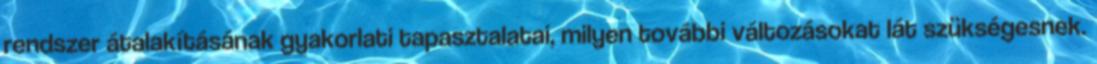
rendszer átalakításának gyakorlati tapasztalatai, milyen további változásokat lát szükségesnek.